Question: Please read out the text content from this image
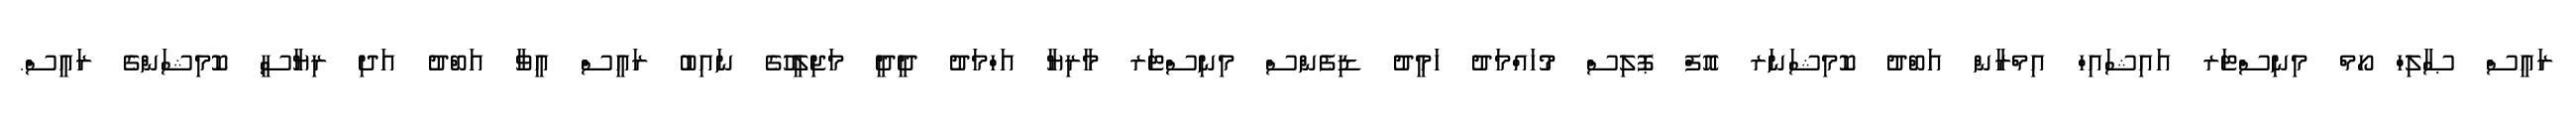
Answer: ރައީސް ޞާލިހް ހޯމް މިނިސްޓަރ އައިޝައިހް އިމްރާން އަބްދު ކޮމިޝަނަރ އޮފް ޕޮލިސް މުހައްމަދު ހަމީދު ޑިފެންސް މިނިސްޓަރ މާރިޔާ އަހްމަދު ދީދީ މަޖިލީހުގެ ނައިބު ރައީސް އީވާ އަބްދު އަދި ރިޔާސީ ކޮމިޝަންގެ ރައީސް.